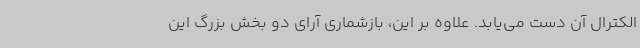
الکترال آن دست می‌یابد. علاوه بر این، بازشماری آرای دو بخش بزرگ این